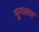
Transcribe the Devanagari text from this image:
मुगलय